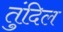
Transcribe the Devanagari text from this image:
तुंदिल